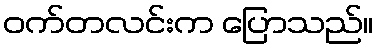
ဝက်တလင်းက ပြောသည်။